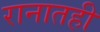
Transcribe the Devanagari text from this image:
रानातही